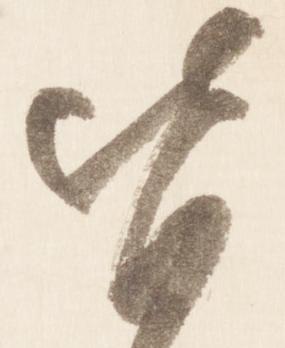
皆